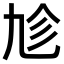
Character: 𠃩